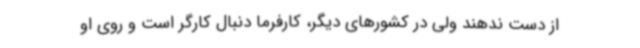
از دست ندهند ولی در کشورهای دیگر، کارفرما دنبال کارگر است و روی او